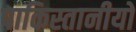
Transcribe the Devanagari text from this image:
पाकिस्तानीयों